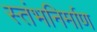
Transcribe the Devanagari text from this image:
स्तंभनिर्माण